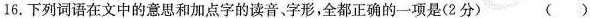
16.下列词语在文中的意思和加点字的读音、字形，全都正确的一项是(2分) ( )